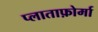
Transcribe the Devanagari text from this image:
प्लाताफ़ोर्मा